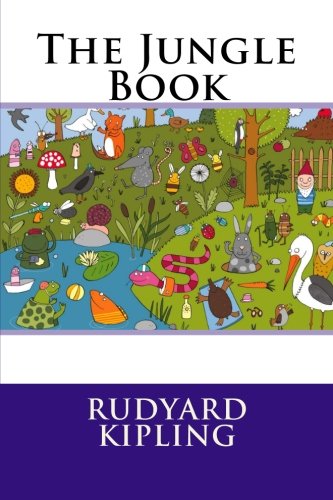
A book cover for The Jungle Book; Rudyard Kipling; Literature & Fiction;